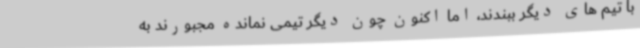
با تیم های دیگر ببندند، اما اکنون چون دیگر تیمی نمانده مجبورند به